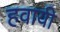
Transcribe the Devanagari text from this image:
हवायी